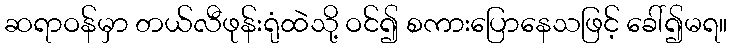
ဆရာဝန်မှာ တယ်လီဖုန်းရုံထဲသို့ ဝင်၍ စကားပြောနေသဖြင့် ခေါ်၍မရ။